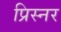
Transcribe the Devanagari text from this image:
प्रिस्नर